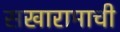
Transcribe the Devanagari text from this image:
सखारामाची